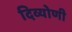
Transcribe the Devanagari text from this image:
दिव्योणी